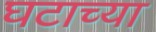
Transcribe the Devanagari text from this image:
घटाच्या